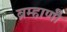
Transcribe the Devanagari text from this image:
ब्रम्हाणी